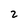
Character: 2